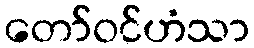
တော်ဝင်ဟံသာ